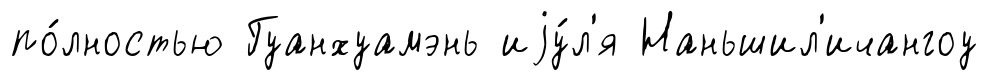
по́лностью Гуанхуамэнь иjу́л'я Наньшил'ичангоу